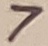
Text: 7